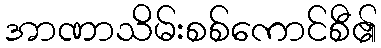
အာဏာသိမ်းစစ်ကောင်စီ၏